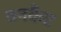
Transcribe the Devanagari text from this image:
वनकैट